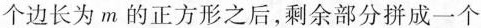
个边长为m的正方形之后，剩余部分拼成一个